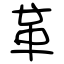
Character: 革